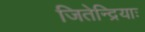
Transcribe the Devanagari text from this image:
जितेन्द्रियाः